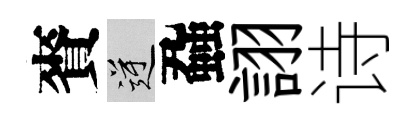
賚逆蝨詡诗